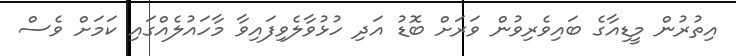
އިތުރުން މީޑިއާގެ ބައިވެރިވުން ވަރަށް ބޮޑު އަދި ހުޅުވާލެވިފައިވާ މާހައުލެއްގައި ކަމަށް ވެސް